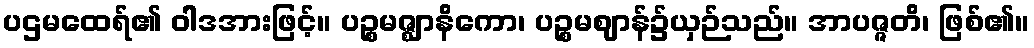
ပဌမထေရ်၏ ဝါဒအားဖြင့်။ ပဉ္စမဇ္ဈာနိကော၊ ပဉ္စမဈာန်၌ယှဉ်သည်။ အာပဇ္ဇတိ၊ ဖြစ်၏။